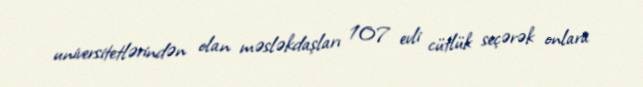
universitetlərindən olan məsləkdaşları 107 evli cütlük seçərək onlara